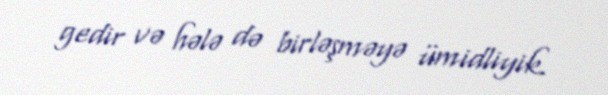
gedir və hələ də birləşməyə ümidliyik.